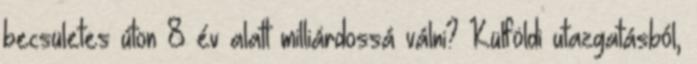
becsületes úton 8 év alatt milliárdossá válni? Külföldi utazgatásból,